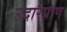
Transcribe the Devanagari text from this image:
उदारप्राण